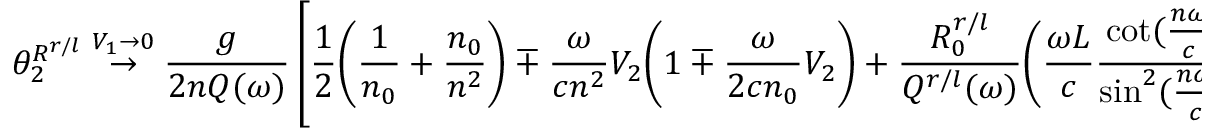
\theta _ { 2 } ^ { R ^ { r / l } } \stackrel { V _ { 1 } \rightarrow 0 } { \rightarrow } \frac { g } { 2 n Q ( \omega ) } \left[ \frac { 1 } { 2 } \bigg ( \frac { 1 } { n _ { 0 } } + \frac { n _ { 0 } } { n ^ { 2 } } \bigg ) \mp \frac { \omega } { c n ^ { 2 } } V _ { 2 } \bigg ( 1 \mp \frac { \omega } { 2 c n _ { 0 } } V _ { 2 } \bigg ) + \frac { R _ { 0 } ^ { r / l } } { Q ^ { r / l } ( \omega ) } \bigg ( \frac { \omega L } { c } \frac { \cot ( \frac { n \omega } { c } L ) } { \sin ^ { 2 } ( \frac { n \omega } { c } L ) } - \frac { n ^ { 2 } - ( n _ { 0 } ^ { 2 } - \frac { \omega ^ { 2 } } { c ^ { 2 } } V _ { 2 } ^ { 2 } ) ^ { 2 } } { 4 n _ { 0 } ^ { 2 } n ^ { 3 } } \bigg ) \right] ,